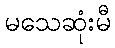
မသေဆုံးမီ